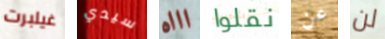
غيلبرت سيدي اااه نقلوا عن لن